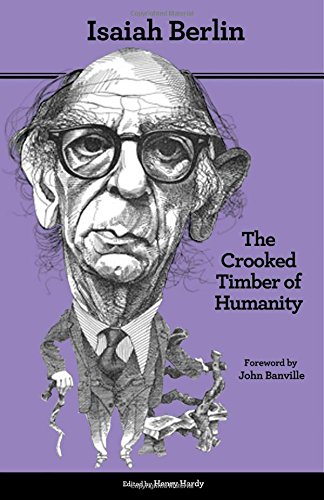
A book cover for The Crooked Timber of Humanity: Chapters in the History of Ideas, Second edition; Isaiah Berlin; Politics & Social Sciences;